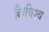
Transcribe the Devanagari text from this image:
है।विश्व